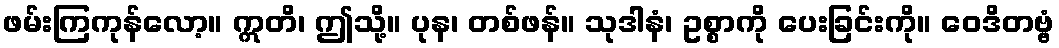
ဖမ်းကြကုန်လော့။ ဣတိ၊ ဤသို့။ ပုန၊ တစ်ဖန်။ သုဒါနံ၊ ဥစ္စာကို ပေးခြင်းကို။ ဝေဒိတဗ္ဗံ